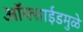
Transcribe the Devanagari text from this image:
ऑक्साईडमुळे